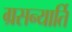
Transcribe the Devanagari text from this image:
ग्रसन्यार्ति